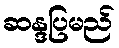
ဆန္ဒပြမည်